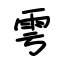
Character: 雩